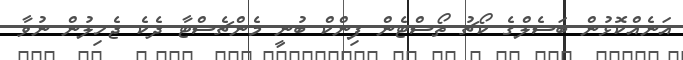
އަނެއްކޮޅުން ބަސެލްގެ ކޯޗު ތޯސްޓެން ފިންކް ބުނީ މެންޗެސްޓާ ދެކެ ޖެހިލުން ނުވާ